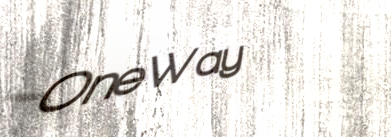
OneWay